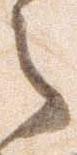
之